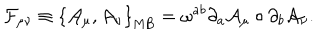
LaTeX: { \mathcal { F } } _ { \mu \nu } \equiv \left\{ { \mathcal { A } } _ { \mu } , { \mathcal { A } } _ { \nu } \right\} _ { \mathrm { M B } } = \omega ^ { a b } \partial _ { a } { \mathcal { A } } _ { \mu } \circ \partial _ { b } { \mathcal { A } } _ { \nu } .